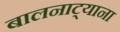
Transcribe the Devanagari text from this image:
बालनाट्याना